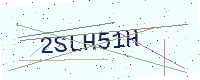
Text: 2SLH51H